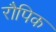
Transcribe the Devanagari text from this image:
रौपिक